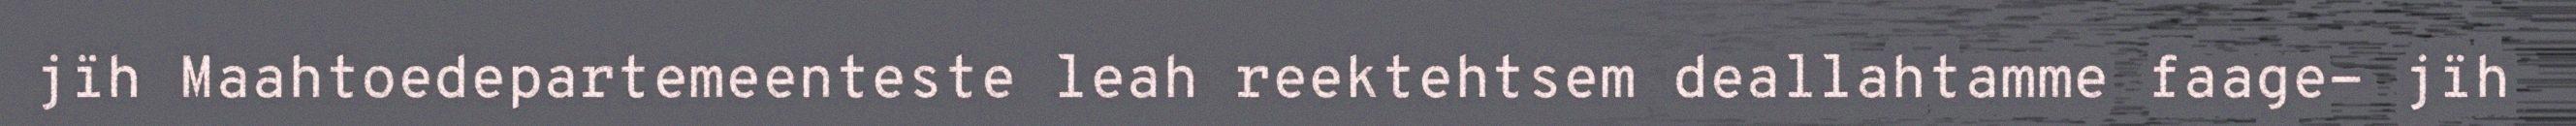
jïh Maahtoedepartemeenteste leah reektehtsem deallahtamme faage- jïh